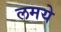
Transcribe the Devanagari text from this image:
लमये